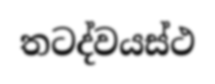
තටද්වයස්ථ